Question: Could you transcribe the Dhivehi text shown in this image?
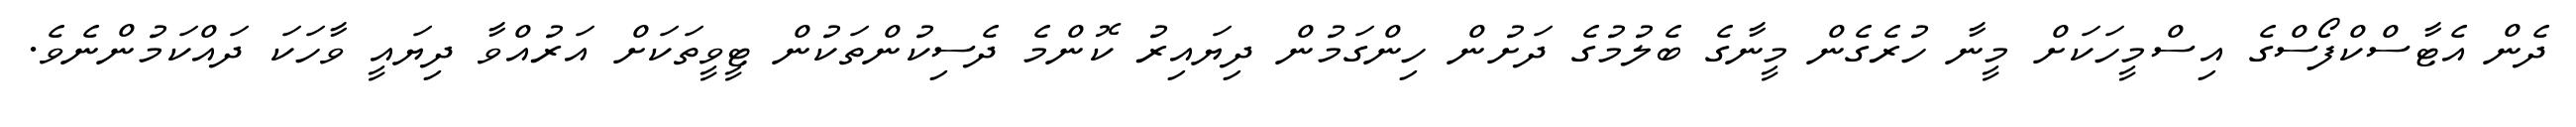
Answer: ދެން އެޓާސްކްފޯސްގެ އިސްމީހަކަށް މީނާ ހުރެގެން މީނާގެ ބެލުމުގެ ދަށުން ހިންގަމުން ދިޔައިރު ކޮންމެ ދެސިކުންތަކުން ޓީވީތަކަށް އަރުއްވާ ދިޔައީ ވާހަކަ ދައްކަމުންނެވެ.